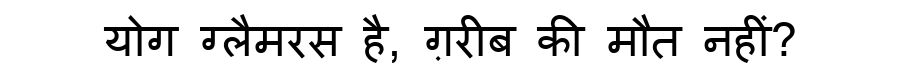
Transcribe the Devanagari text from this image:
योग ग्लैमरस है, ग़रीब की मौत नहीं?